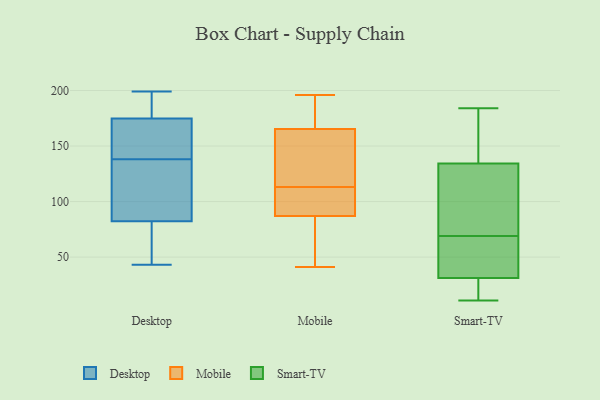
{"axis": {"x": "Bounce Rate (%)", "y": "Value"}, "legend": ["Desktop", "Mobile", "Smart-TV"], "data": [{"x": "", "y": 199, "type": "Desktop"}, {"x": "", "y": 178, "type": "Desktop"}, {"x": "", "y": 139, "type": "Desktop"}, {"x": "", "y": 98, "type": "Desktop"}, {"x": "", "y": 69, "type": "Desktop"}, {"x": "", "y": 138, "type": "Desktop"}, {"x": "", "y": 77, "type": "Desktop"}, {"x": "", "y": 194, "type": "Desktop"}, {"x": "", "y": 165, "type": "Desktop"}, {"x": "", "y": 43, "type": "Desktop"}, {"x": "", "y": 103, "type": "Desktop"}, {"x": "", "y": 145, "type": "Mobile"}, {"x": "", "y": 41, "type": "Mobile"}, {"x": "", "y": 175, "type": "Mobile"}, {"x": "", "y": 113, "type": "Mobile"}, {"x": "", "y": 110, "type": "Mobile"}, {"x": "", "y": 43, "type": "Mobile"}, {"x": "", "y": 93, "type": "Mobile"}, {"x": "", "y": 62, "type": "Mobile"}, {"x": "", "y": 118, "type": "Mobile"}, {"x": "", "y": 176, "type": "Mobile"}, {"x": "", "y": 156, "type": "Mobile"}, {"x": "", "y": 69, "type": "Mobile"}, {"x": "", "y": 181, "type": "Mobile"}, {"x": "", "y": 162, "type": "Mobile"}, {"x": "", "y": 102, "type": "Mobile"}, {"x": "", "y": 196, "type": "Mobile"}, {"x": "", "y": 111, "type": "Mobile"}, {"x": "", "y": 26, "type": "Smart-TV"}, {"x": "", "y": 122, "type": "Smart-TV"}, {"x": "", "y": 11, "type": "Smart-TV"}, {"x": "", "y": 12, "type": "Smart-TV"}, {"x": "", "y": 61, "type": "Smart-TV"}, {"x": "", "y": 106, "type": "Smart-TV"}, {"x": "", "y": 174, "type": "Smart-TV"}, {"x": "", "y": 76, "type": "Smart-TV"}, {"x": "", "y": 184, "type": "Smart-TV"}, {"x": "", "y": 177, "type": "Smart-TV"}, {"x": "", "y": 51, "type": "Smart-TV"}, {"x": "", "y": 171, "type": "Smart-TV"}, {"x": "", "y": 33, "type": "Smart-TV"}, {"x": "", "y": 59, "type": "Smart-TV"}, {"x": "", "y": 121, "type": "Smart-TV"}, {"x": "", "y": 19, "type": "Smart-TV"}, {"x": "", "y": 69, "type": "Smart-TV"}]}